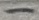
Text: -